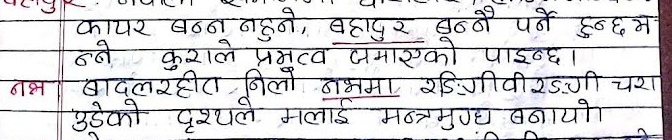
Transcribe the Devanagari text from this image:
कायर बन्न नहुने, बहादुर बन्नै पर्ने हुन्छम
न्ने कुराले प्रभुत्व जमाएको पाइन्छ।
बादलरहीत निलो नभमा रडिङ्गीवीरङ्‌गी चरा
उडेको दृश्यले मलाई मन्त्रमुग्ध बनायो।